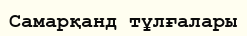
Самарқанд тұлғалары